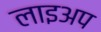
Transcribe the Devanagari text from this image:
लाइअप